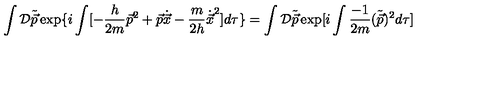
\int { \cal D } \tilde { \vec { p } } \exp \{ i \int [ - \frac { h } { 2 m } { \vec { p } } ^ { 2 } + \vec { p } \dot { \vec { x } } - \frac { m } { 2 h } { \dot { \vec { x } } } ^ { 2 } ] d \tau \} = \int { \cal D } \tilde { \vec { p } } \exp [ i \int \frac { - 1 } { 2 m } ( \tilde { \vec { p } } ) ^ { 2 } d \tau ]